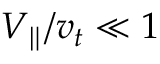
V _ { \parallel } / v _ { t } \ll 1